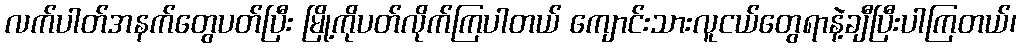
လက်ပါတ်အနက်တွေပတ်ပြီး မြို့ကိုပတ်လိုက်ကြပါတယ် ကျောင်းသားလူငယ်တွေရာနဲ့ချီပြီးပါကြတယ်၊